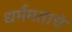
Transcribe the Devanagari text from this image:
धर्ममताचे